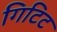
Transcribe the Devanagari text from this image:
गिटिट